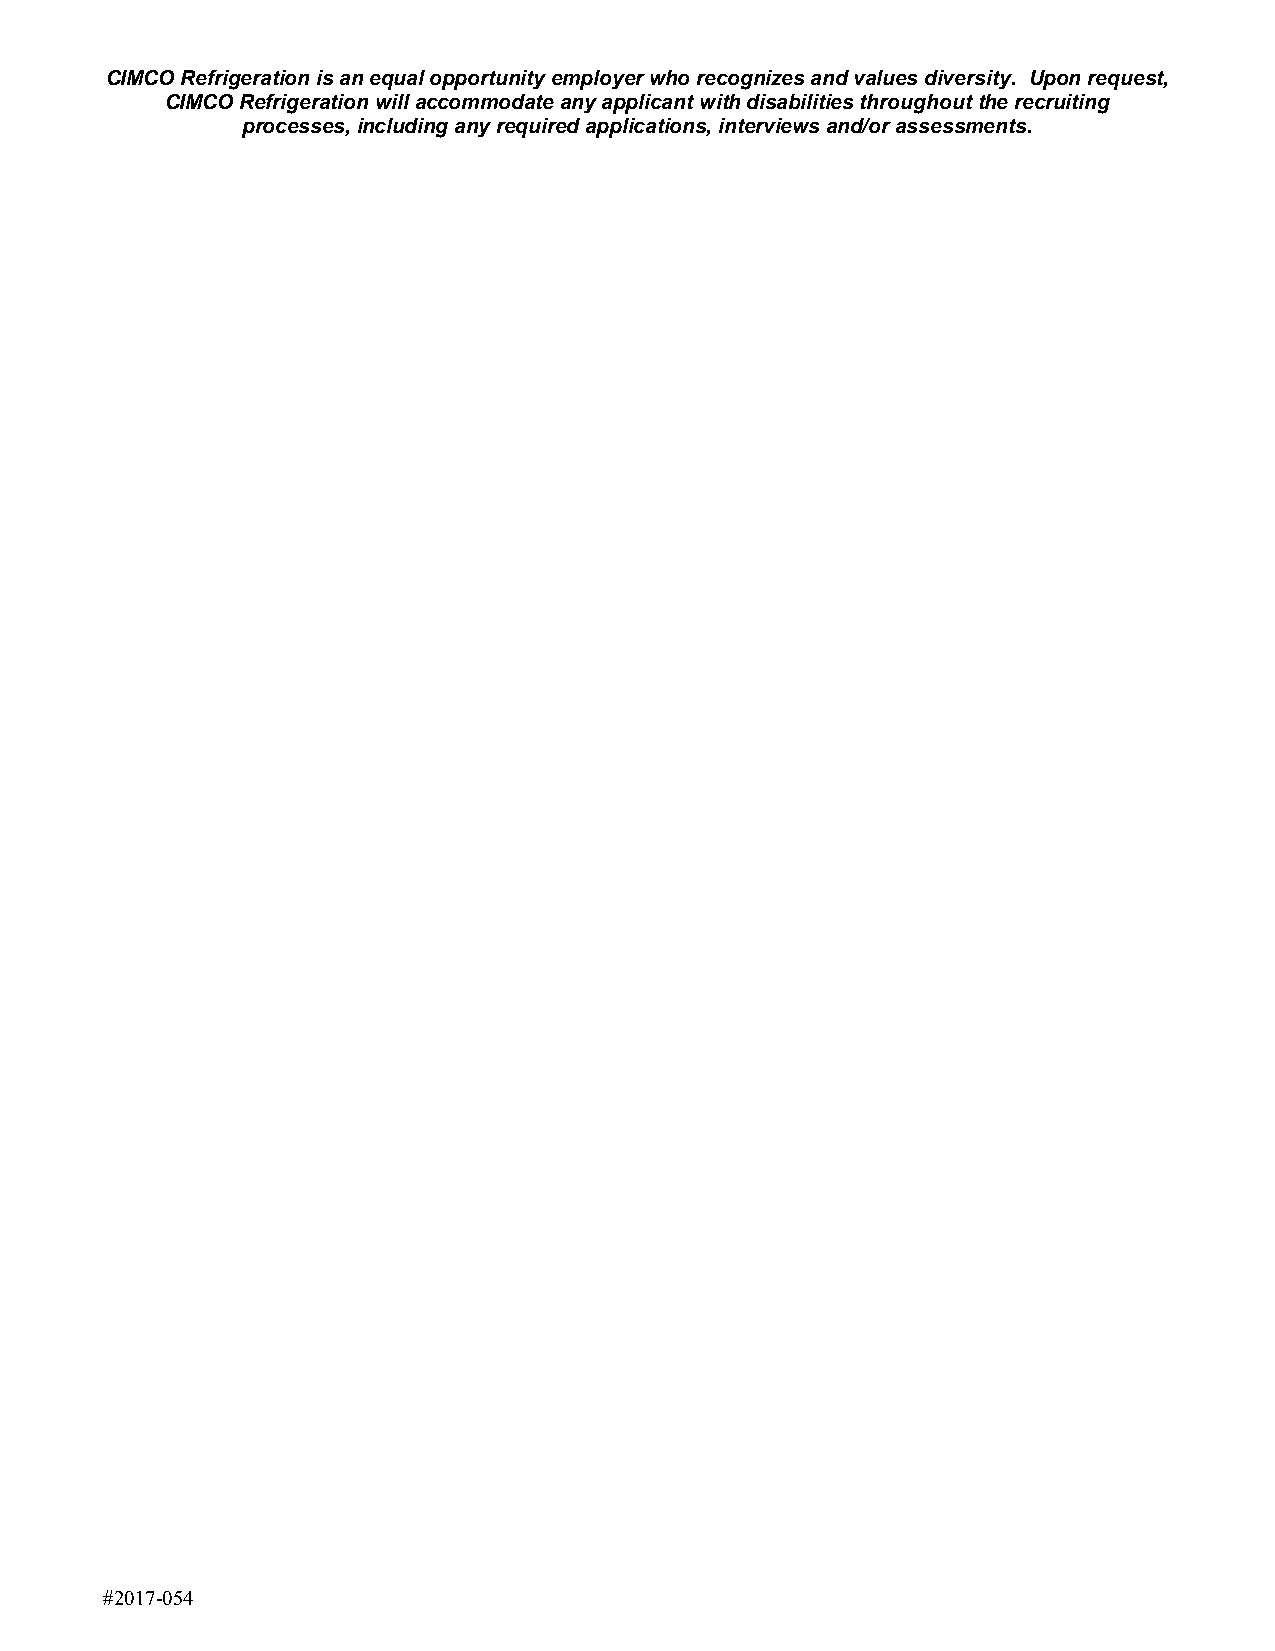
CIMCO Refrigeration is an equal opportunity employer who recognizes and values diversity. Upon request,
 CIMCO Refrigeration will accommodate any applicant with disabilities throughout the recruiting
 processes, including any required applications, interviews and/or assessments.
 #2017-054